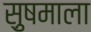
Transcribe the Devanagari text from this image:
सु़षमाला